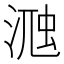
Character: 𣸀